[Report on the health of British troops in the Madras command]
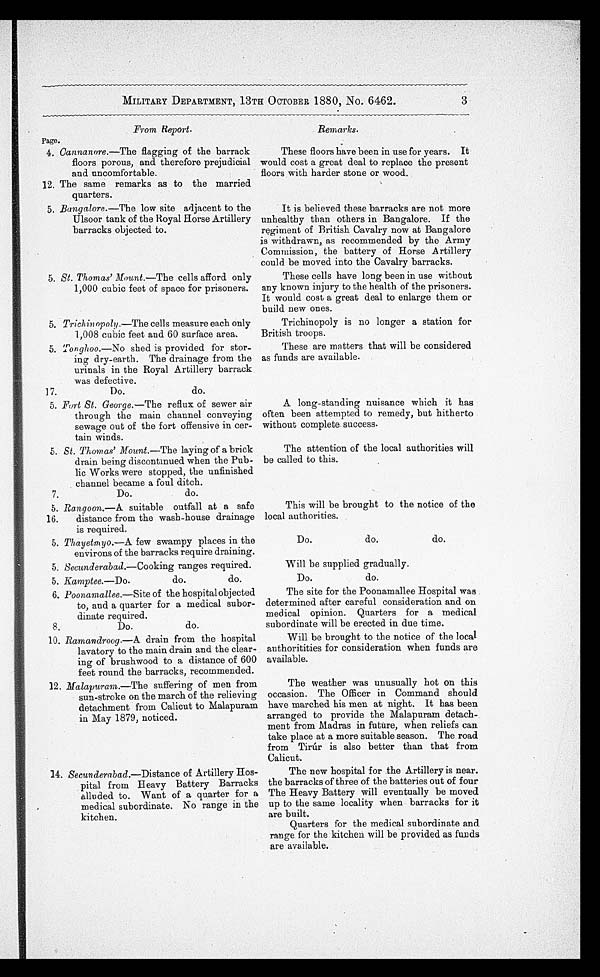
MILITARY DEPARTMENT, 13TH OCTOBER 1880, No. 6462.
3
From Report.
Page.
4. Cannanore .—The flagging of the barrack
floors porous, and therefore prejudicial
and uncomfortable.
12. The same remarks as to the married
quarters.
5. Bangalore. —The low site adjacent to the
Ulsoor tank of the Royal Horse Artillery
barracks objected to.
5. St. Thomas’ Mount .—The cells afford only
1,000 cubic feet of space for prisoners.
5. Trichinopoly.—The cells measure each only
1,008 cubic feet and 60 surface area.
5. Tonghoo.—No
shed is provided for stor
- i n g d r y - e a r t h . T h e d r a i n a g e f r o m t h e
urinals in the Royal Artillery barrack
was defective.
17.
Do.
do.
5. Fort St. George. —The reflux of sewer air
through the main channel conveying
sewage out of the fort offensive in cer
- t a i n w i n d s .
5. St. Thomas’ Mount. —The laying of a brick
drain being discontinued when the Pub-
lic Works were stopped, the unfinished
channel became a foul ditch.
7.
Do.
do.
5. Rangoon. —A suitable outfall at a safe
16.
distance from the wash-house drainage
is required.
5. Thayetmyo.—A
few swampy places in the
environs of the barracks require draining.
5. Secunderabad. —Cooking ranges required.
5. Kamptee. —Do.
do.
do.
6. Poonamallee.—Site
of the hospital objected
to, and a quarter for a medical subor
- d i n a t e r e q u i r e d .
8.
Do.
do.
10. Ramandroog.—A
drain from the hospital
lavatory to the main drain and the clear-
-ing of brushwood to a distance of 600
feet round the barracks, recommended.
12. Malapuram.—The
suffering of men from
sun-stroke on the march of the relieving
detachment from Calicut to Malapuram
in May 1879, noticed.
14. Secunderabad.—Distance of Artillery Hos
-pital from Heavy Battery Barracks
alluded to. Want of a quarter for a
medical subordinate. No range in the
kitchen.
Remarks.
These floors have been in use for years. It
would cost a great deal to replace the present
floors with harder stone or wood.
It is believed these barracks are not more
unhealthy than others in Bangalore. If the
regiment of British Cavalry now at Bangalore
is withdrawn, as recommended by the Army
Commission, the battery of Horse Artillery
could be moved into the Cavalry barracks.
These cells have long been in use without
any known injury to the health of the prisoners.
It would cost a great deal to enlarge them or
build new ones.
Trichinopoly is no longer a station for
British troops.
These are matters that will be considered
as funds are available.
A long-standing nuisance which it has
often been attempted to remedy, but hitherto
without complete success.
The attention of the local authorities will
be called to this.
This will be brought to the notice of the
local authorities.
Do.
do.
do.
Will be supplied gradually.
Do.
do.
The site for the Poonamallee Hospital was
determined after careful consideration and on
medical opinion. Quarters for a medical
subordinate will be erected in due time.
Will be brought to the notice of the local
authoritities for consideration when funds are
available.
The weather was unusually hot on this
occasion. The Officer in Command should
have marched his men at night. It has been
arranged to provide the Malapuram detach
-ment from Madras in future, when reliefs can
take place at a more suitable season. The road
from Tirúr is also better than that from
Calicut.
The new hospital for the Artillery is near.
the barracks of three of the batteries out of four
The Heavy Battery will eventually be moved
up to the same locality when barracks for it
are built.
Quarters for the medical subordinate and
range for the kitchen will be provided as funds
are available.